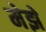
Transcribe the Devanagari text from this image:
मेझे